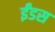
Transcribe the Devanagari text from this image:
ईंडस